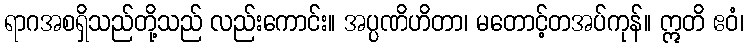
ရာဂအစရှိသည်တို့သည် လည်းကောင်း။ အပ္ပဏိဟိတာ၊ မတောင့်တအပ်ကုန်။ ဣတိ ဧဝံ၊